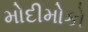
મોદીમોકો